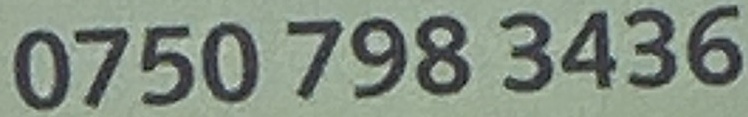
0750 798 3436